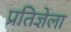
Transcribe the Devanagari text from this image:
प्रतिज्ञेला